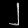
Digit: ၂